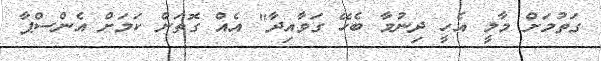
ގަތުމަށް މާލީ އެހީ ދިނުމާ ބެހޭ ގަވާއިދާ" އެއް ގޮތަށް ކަަމަށް އެންސްޕާ